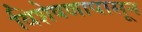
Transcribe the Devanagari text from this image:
विशेषणापासून